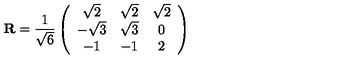
{ \mathbf R } = \frac { 1 } { \sqrt 6 } \left( \begin{array} { c c c } { \sqrt 2 } & { \sqrt 2 } & { \sqrt 2 } \\ { - \sqrt 3 } & { \sqrt 3 } & { 0 } \\ { - 1 } & { - 1 } & { 2 } \\ \end{array} \right)